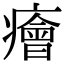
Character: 癐